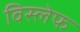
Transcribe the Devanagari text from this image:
विस्लेफ